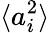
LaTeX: \langle a_{i}^{2}\rangle